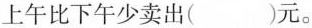
上午比下午少卖出( )元